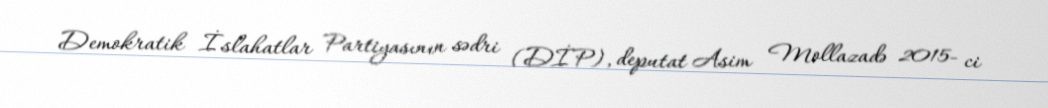
Demokratik İslahatlar Partiyasının sədri (DİP), deputat Asim Mollazadə 2015- ci